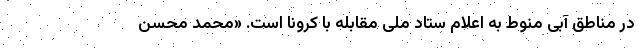
در مناطق آبی منوط به اعلام ستاد ملی مقابله با کرونا است. «محمد محسن